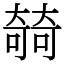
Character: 㚡